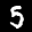
Label: 5